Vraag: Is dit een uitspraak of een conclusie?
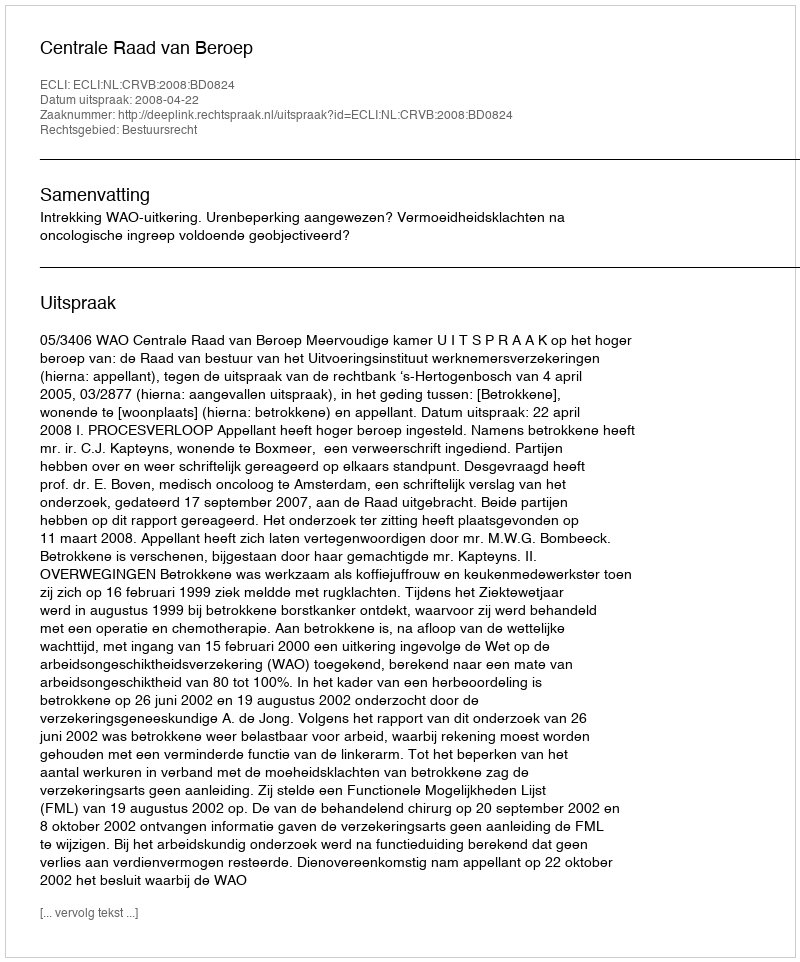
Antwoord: Uitspraak